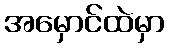
အမှောင်ထဲမှာ